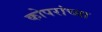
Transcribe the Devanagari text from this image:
कोपरांच्या